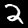
Label: 2